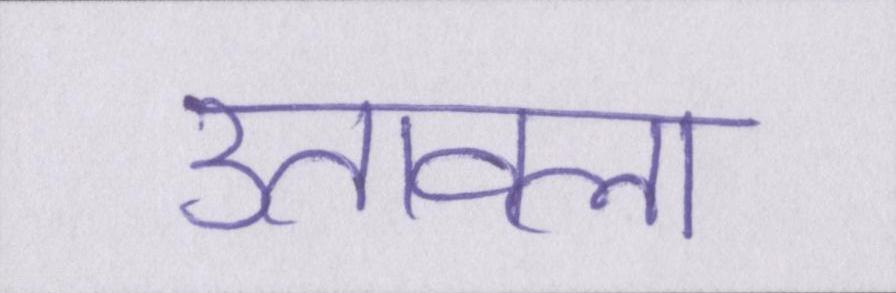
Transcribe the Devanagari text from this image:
उतावला